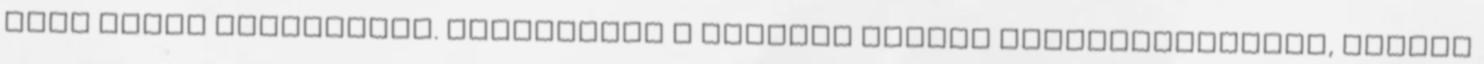
erős tűzön lepirítjuk. Megszórjuk a finomra vágott petrezselyemmel, sózzuk